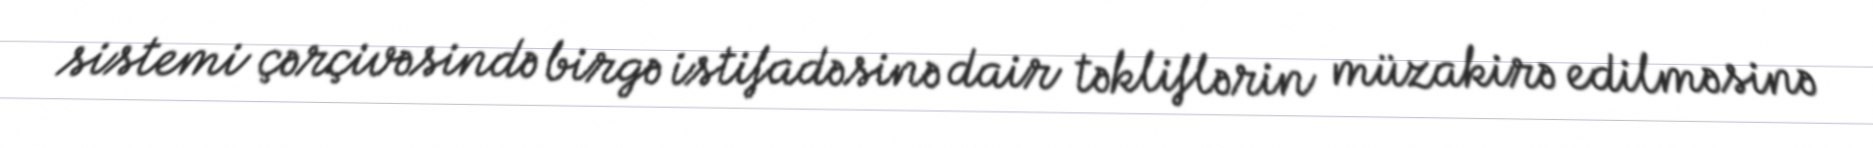
sistemi çərçivəsində birgə istifadəsinə dair təkliflərin müzakirə edilməsinə